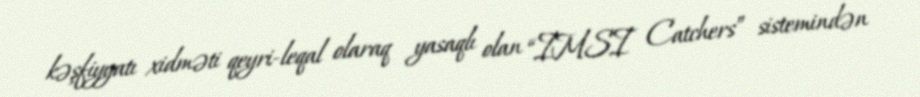
kəşfiyyatı xidməti qeyri-leqal olaraq yasaqlı olan “IMSI Catchers” sistemindən